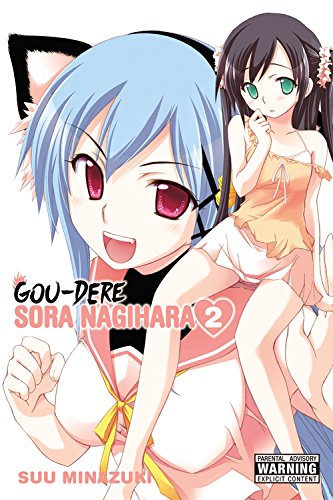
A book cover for Gou-dere Sora Nagihara, Vol. 2; Suu Minazuki; Comics & Graphic Novels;